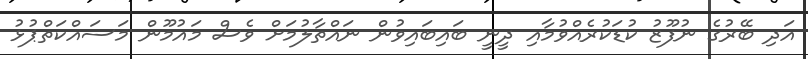
އަދި ބޭރުގެ ނުފޫޒު ކުޑަކުރެއްވުމާއި ދީނީ ބައިބައިވުން ނައްތާލުމަށް ވެސް މައުމޫން މަސައްކަތްޕުޅު